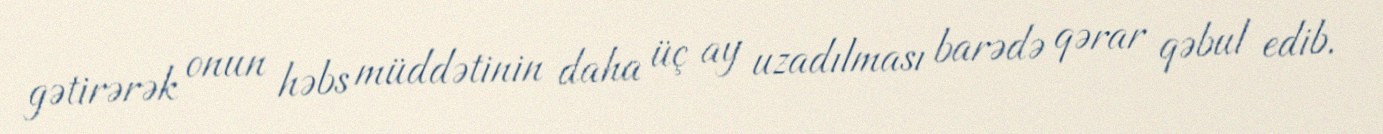
gətirərək onun həbs müddətinin daha üç ay uzadılması barədə qərar qəbul edib.